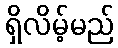
ရှိလိမ့်မည်